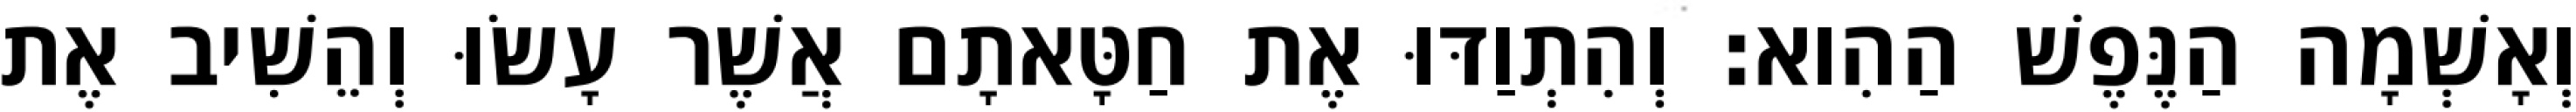
וְאָשְׁמָה הַנֶּפֶשׁ הַהִוא׃ וְהִתְוַדּוּ אֶת חַטָּאתָם אֲשֶׁר עָשׂוּ וְהֵשִׁיב אֶת